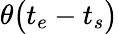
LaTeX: \theta\big(t_{e}-t_{s}\big)